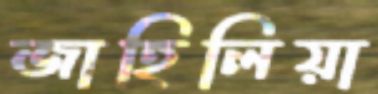
জাহিলিয়া